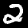
Label: 2